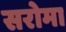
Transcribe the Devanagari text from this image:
सरोमा